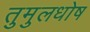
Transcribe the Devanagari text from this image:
तुमुलधोष